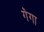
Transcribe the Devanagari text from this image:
ग॓गा